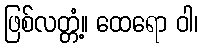
ဖြစ်လတ္တံ့။ ထေရော ဝါ၊